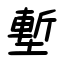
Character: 塹